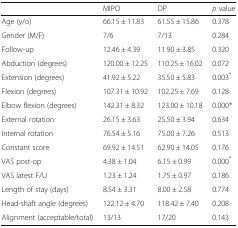
<table><thead><tr><td></td><td><b>MIPO</b></td><td><b>DP</b></td><td><b><i>p</i> value</b></td></tr></thead><tbody><tr><td>Age (y/o)</td><td>66.15 ± 11.83</td><td>61.55 ± 15.86</td><td>0.378</td></tr><tr><td>Gender (M/F)</td><td>7/6</td><td>7/13</td><td>0.284</td></tr><tr><td>Follow-up</td><td>12.46 ± 4.39</td><td>11.90 ± 3.85</td><td>0.320</td></tr><tr><td>Abduction (degrees)</td><td>120.00 ± 12.25</td><td>110.25 ± 16.02</td><td>0.072</td></tr><tr><td>Extension (degrees)</td><td>41.92 ± 5.22</td><td>35.50 ± 5.83</td><td>0.003<sup>*</sup></td></tr><tr><td>Flexion (degrees)</td><td>107.31 ± 10.92</td><td>102.25 ± 7.69</td><td>0.128</td></tr><tr><td>Elbow flexion (degrees)</td><td>142.31 ± 8.32</td><td>123.00 ± 10.18</td><td>0.000*</td></tr><tr><td>External rotation</td><td>26.15 ± 3.63</td><td>25.50 ± 3.94</td><td>0.634</td></tr><tr><td>Internal rotation</td><td>76.54 ± 5.16</td><td>75.00 ± 7.26</td><td>0.513</td></tr><tr><td>Constant score</td><td>69.92 ± 14.51</td><td>62.90 ± 14.05</td><td>0.176</td></tr><tr><td>VAS post-op</td><td>4.38 ± 1.04</td><td>6.15 ± 0.99</td><td>0.000<sup>*</sup></td></tr><tr><td>VAS latest F/U</td><td>1.23 ± 1.24</td><td>1.75 ± 0.97</td><td>0.186</td></tr><tr><td>Length of stay (days)</td><td>8.54 ± 3.31</td><td>8.00 ± 2.58</td><td>0.774</td></tr><tr><td>Head-shaft angle (degrees)</td><td>122.12 ± 4.70</td><td>118.42 ± 7.40</td><td>0.208</td></tr><tr><td>Alignment (acceptable/total)</td><td>13/13</td><td>17/20</td><td>0.143</td></tr></tbody></table>